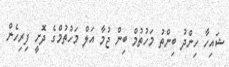
ޝައިހާ ހިންދު ބިންތު މަހުތުމް ބިން ޖުމާ އަލް މަހުތުމްގެ ދޮށީ ފިރިހެން